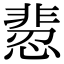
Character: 𩇻